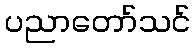
ပညာတော်သင်